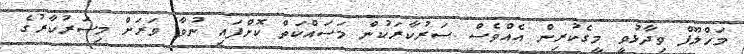
މަހްލޫފް ވިދާޅުވީ މީގެކުރިން އެއްވެސް ސަރުކާރަކުން މަސައްކަތް ކޮށްފައި ނުވާ ވަރަށް މިސަރުކާރުގެ